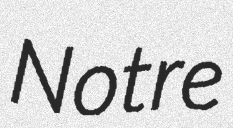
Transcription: Notre